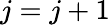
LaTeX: j=j+1